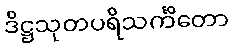
ဒိဋ္ဌသုတပရိသင်္ကိတော